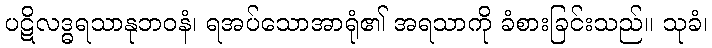
ပဋိလဒ္ဓရသာနုဘဝနံ၊ ရအပ်သောအာရုံ၏ အရသာကို ခံစားခြင်းသည်။ သုခံ၊